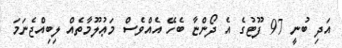
އަދި ބުނީ 97 ފޫޓުގެ އެ ދޯންޏާ ބެހޭ އެއްވެސް މަޢުލޫމާތެއް ލިބިއްޖެނަމަ